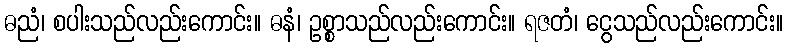
ဓညံ၊ စပါးသည်လည်းကောင်း။ ဓနံ၊ ဥစ္စာသည်လည်းကောင်း။ ရဇတံ၊ ငွေသည်လည်းကောင်း။